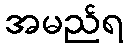
အမည်ရ